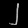
Digit: ၂